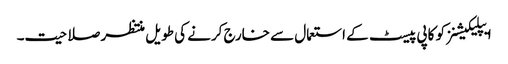
ایپلیکیشنز کو کاپی پیسٹ کے استعمال سے خارج کرنے کی طویل منتظر صلاحیت۔